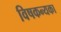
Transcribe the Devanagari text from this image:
विषकन्यका